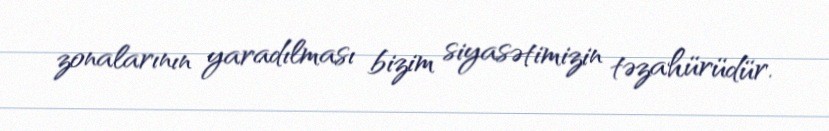
zonalarının yaradılması bizim siyasətimizin təzahürüdür.